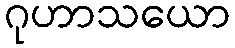
ဂုဟာသယော